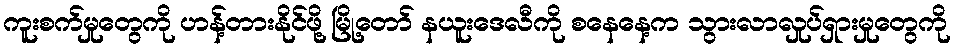
ကူးစက်မှုတွေကို ဟန့်တားနိုင်ဖို့ မြို့တော် နယူးဒေလီကို စနေနေ့က သွားလာလှုပ်ရှားမှုတွေကို